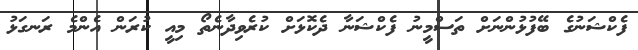
ފެކްޝަނުގެ ބޭފުޅުންނަށް ތަސްމީނު ފެކްޝަނާ ދެކޮޅަށް ކުރެވިދާނެތޯ މިއީ ކުރަން އެންމެ ރަނގަޅު